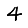
Digit: 4